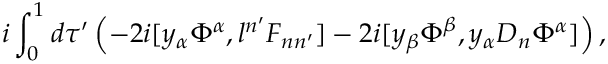
i \int _ { 0 } ^ { 1 } d \tau ^ { \prime } \left( - 2 i [ y _ { \alpha } \Phi ^ { \alpha } , l ^ { n ^ { \prime } } F _ { n n ^ { \prime } } ] - 2 i [ y _ { \beta } \Phi ^ { \beta } , y _ { \alpha } D _ { n } \Phi ^ { \alpha } ] \right) ,